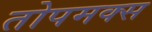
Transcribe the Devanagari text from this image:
तोपमक्स